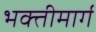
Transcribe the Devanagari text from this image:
भक्तीमार्ग